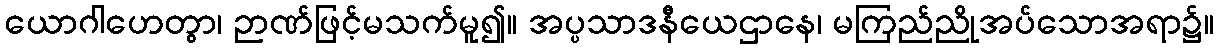
ယောဂါဟေတွာ၊ ဉာဏ်ဖြင့်မသက်မူ၍။ အပ္ပသာဒနီယေဌာနေ၊ မကြည်ညိုအပ်သောအရာ၌။